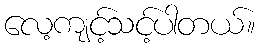
လေ့ကျင့်သင့်ပါတယ်။